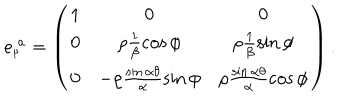
LaTeX: e _ { _ { \mu } } ^ { \; a } = \left( \begin{array} { c c c } { { 1 } } & { { 0 } } & { { 0 } } \\ { { 0 } } & { { \rho \frac { 1 } { \beta } \cos \phi } } & { { \rho \frac { 1 } { \beta } \sin \phi } } \\ { { 0 } } & { { - \rho \frac { \sin \alpha \theta } { \alpha } \sin \phi } } & { { \rho \frac { \sin \alpha \theta } { \alpha } \cos \phi } } \\ \end{array} \right) .